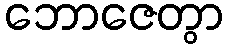
ဘောဇေတွာ